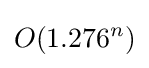
O({1.276}^{n})